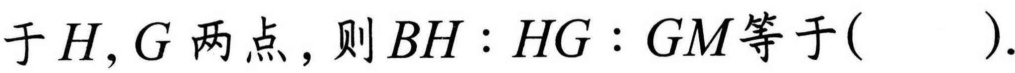
于 \(H,G\) 两点，则 \(BH:HG:GM\)等于(  ).